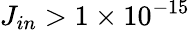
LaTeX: J_{in}>1\times 10^{-15}